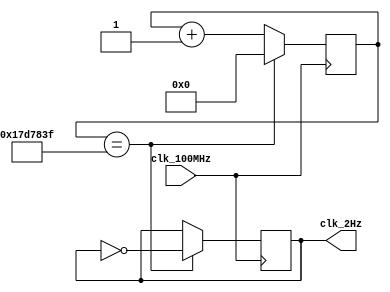
`timescale 1ns / 1ps

module twoHz_gen(
    input clk_100MHz,           // from Basys 3
    output clk_2Hz
    );
    
    reg [24:0] counter_reg = 0;
    reg clk_reg = 0;
    
    always @(posedge clk_100MHz) begin
        if(counter_reg == 24_999_999) begin
            counter_reg <= 0;
            clk_reg <= ~clk_reg;
        end
        else
            counter_reg <= counter_reg + 1;
    end
    
    assign clk_2Hz = clk_reg;
    
endmodule